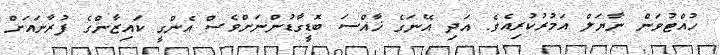
ހުއްޓުވަން ނާޔަލް އަމުރުކުރިއެވެ. އަދި އޭނަގެ ޚާއްސަ ބޮޑީގާޑުންނަށްވެސް އެންގީ ކައިޒާންގެ ފުރާނައަށް